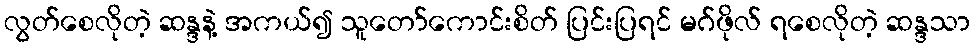
လွတ်စေလိုတဲ့ ဆန္ဒနဲ့ အကယ်၍ သူတော်ကောင်းစိတ် ပြင်းပြရင် မဂ်ဖိုလ် ရစေလိုတဲ့ ဆန္ဒသာ